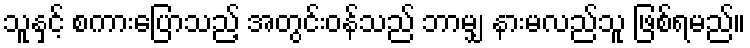
သူနှင့် စကားပြောသည့် အတွင်းဝန်သည် ဘာမျှ နားမလည်သူ ဖြစ်ရမည်။